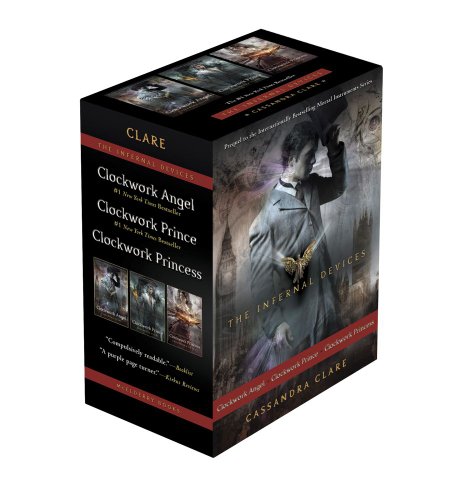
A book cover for The Infernal Devices: Clockwork Angel; Clockwork Prince; Clockwork Princess; Cassandra Clare; Comics & Graphic Novels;